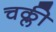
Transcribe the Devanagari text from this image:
चक्ली